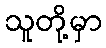
သူတို့မှာ